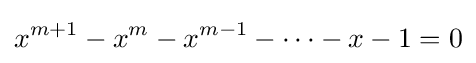
x^{m+1}-x^{m}-x^{m-1}-\dots -x-1=0